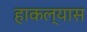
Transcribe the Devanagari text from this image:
हाकल्यास